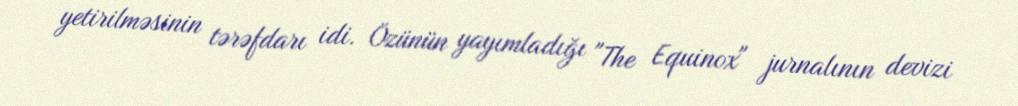
yetirilməsinin tərəfdarı idi. Özünün yayımladığı "The Equinox" jurnalının devizi